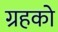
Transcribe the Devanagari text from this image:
ग्रहको